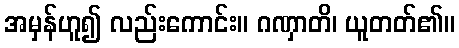
အမှန်ဟူ၍ လည်းကောင်း။ ဂဏှာတိ၊ ယူတတ်၏။